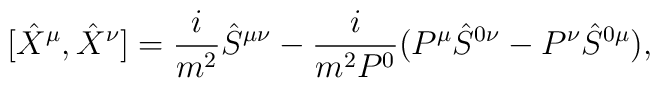
[\hat{X }^{\mu },\hat{X}^{\nu }]=\frac{i}{m^2}\hat{S}^{\mu\nu }-\frac{i}{m^2P^0}(P^{\mu }\hat{S}^{0\nu }-P^{\nu }\hat{S}^{0\mu }),